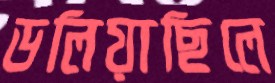
ডলিয়াছিলে